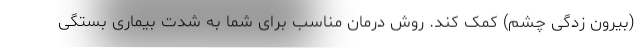
(بیرون زدگی چشم) کمک کند. روش درمان مناسب برای شما به شدت بیماری بستگی